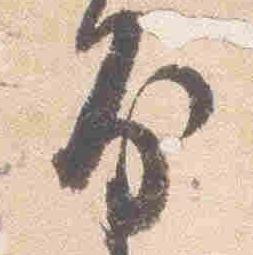
房